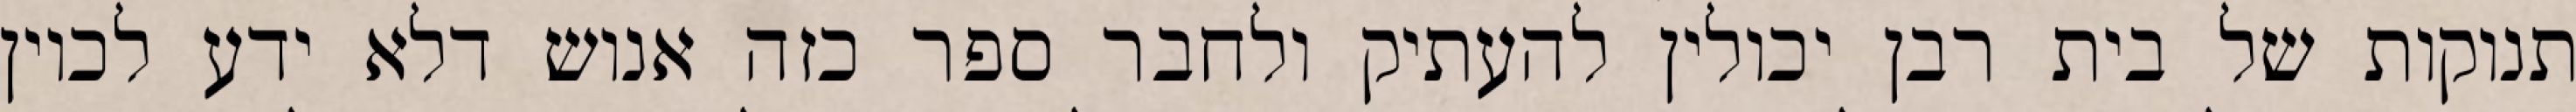
תנוקות של בית רבן יכולין להעתיק ולחבר ספר כזה אנוש דלא ידע לכוין